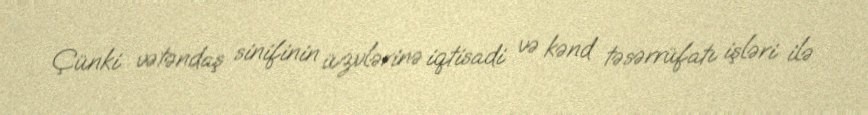
Çünki vətəndaş sinifinin üzvlərinə iqtisadi və kənd təsərrüfatı işləri ilə